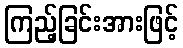
ကြည့်ခြင်းအားဖြင့်